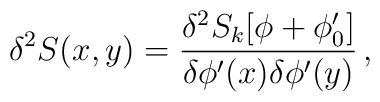
\delta^2 S(x,y)=\frac{\delta^2 S_k[\phi+\phi'_0]}{\delta\phi'(x)\delta\phi'(y)}\, ,